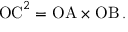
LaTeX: \mathrm { O C } ^ { 2 } = \mathrm { O A } \times \mathrm { O B } \, .